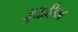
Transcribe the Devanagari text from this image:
जुजालिया